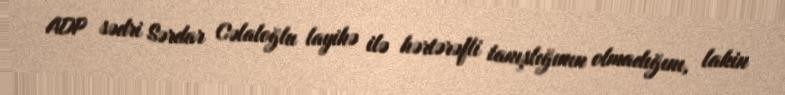
ADP sədri Sərdar Cəlaloğlu layihə ilə hərtərəfli tanışlığının olmadığını, lakin